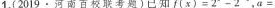
1.(2019·河南百校联考题)已知$$f ( x ) = 2 ^ { 4 } -2 ^ { 4 }$$，$$a =$$